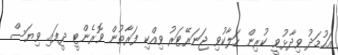
އަހުމަދު ވިދާޅުވީ ކުރިން ހަލާކުވި ޖަނަރޭޓަރު ވިއްކި ފަރާތުން ވޮރެންޓީ ދީފައި ވިޔަސް